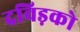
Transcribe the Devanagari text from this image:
द्रविड़को